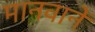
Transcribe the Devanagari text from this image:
मानवानें